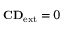
\mathbf { C D } _ { \mathrm { { e x t } } } = 0